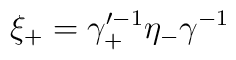
\xi_+ = \gamma_+^{\prime -1} \eta_- \gamma^{-1}